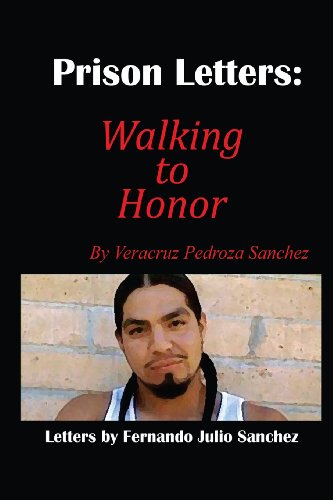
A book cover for Prison Letters: Walking to Honor; Veracruz P Sanchez; Self-Help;